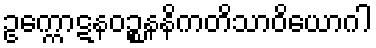
ဥက္ကောဋနဝဉ္စနနိကတိသာဝိယောဂါ